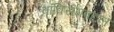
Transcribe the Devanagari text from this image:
बॉक्सिंगबद्दल